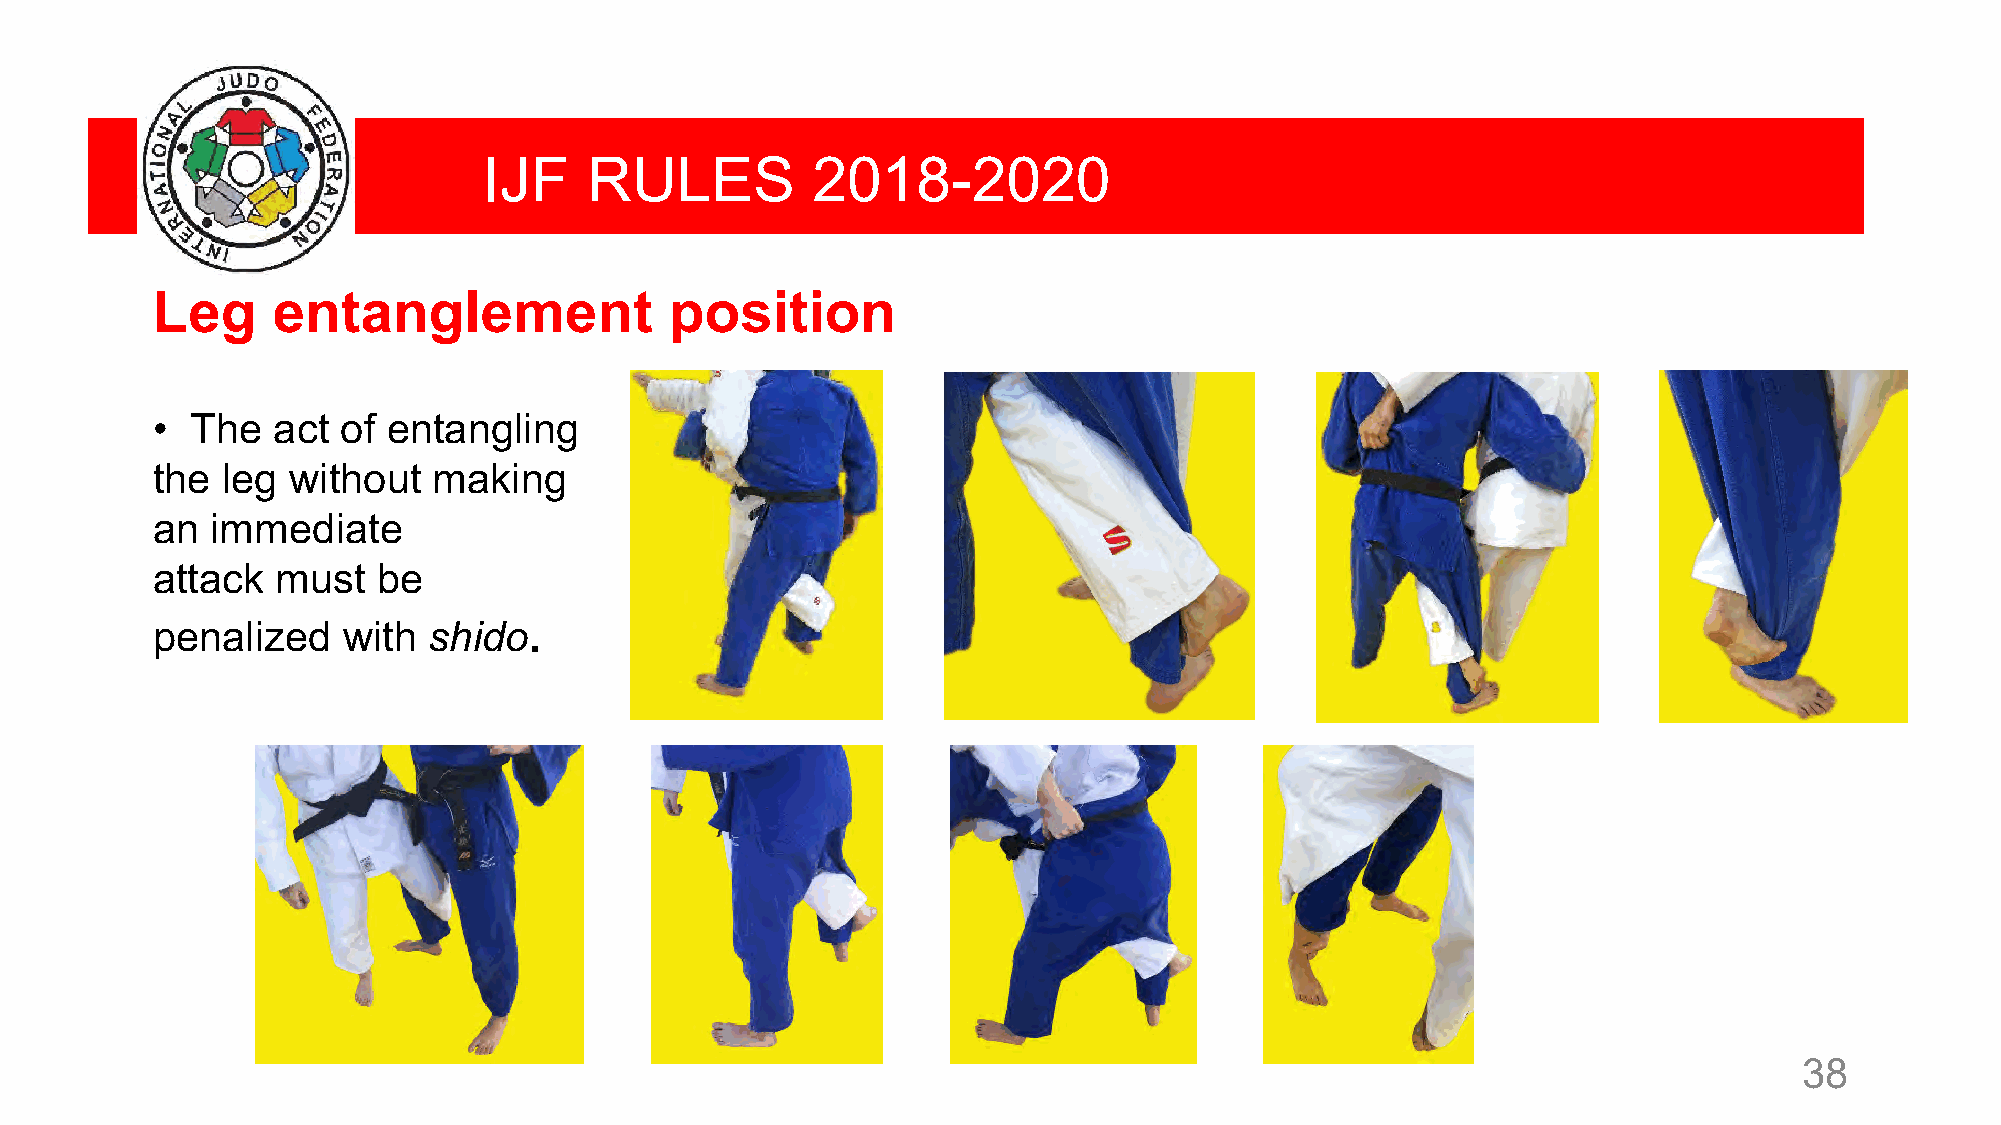
IJF    RULES          2018-2020
 Leg     entanglement              position
 •  The  act  of entangling
 the  leg without   making
 an  immediate
 attack  must   be
 .
 penalized    with shido
 38